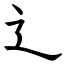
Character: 辶